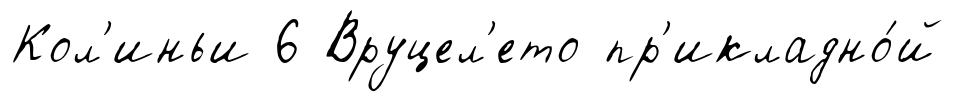
Кол'иньи 6 Вруцел'ето пр'икладно́й